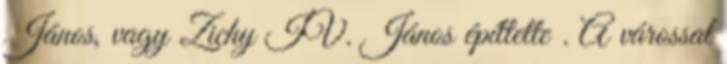
János, vagy Zichy IV. János építtette . A várossal